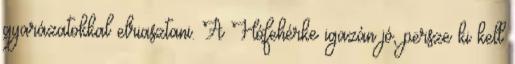
gyarázatokkal elriasztani. A Hófehérke igazán jó, persze ki kell